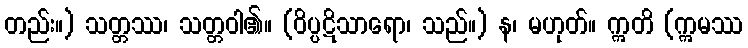
တည်း။) သတ္တဿ၊ သတ္တဝါ၏။ (ဝိပ္ပဋိသာရော၊ သည်။) န၊ မဟုတ်။ ဣတိ (ဣမဿ